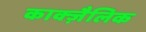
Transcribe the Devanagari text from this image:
काक्ज़ैलिक